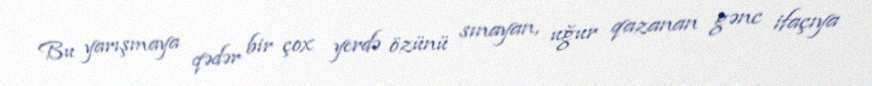
Bu yarışmaya qədər bir çox yerdə özünü sınayan, uğur qazanan gənc ifaçıya